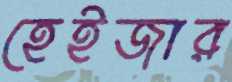
হেইজার